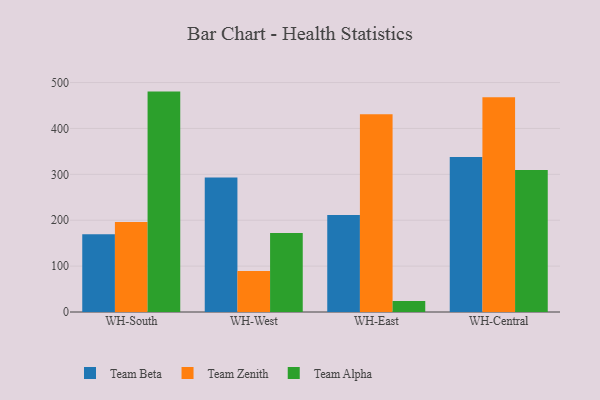
{"axis": {"x": "Warehouse", "y": "Population (Million)"}, "legend": ["Team Alpha", "Team Beta", "Team Zenith"], "data": [{"x": "WH-South", "y": 169.4, "type": "Team Beta"}, {"x": "WH-South", "y": 196.0, "type": "Team Zenith"}, {"x": "WH-South", "y": 480.3, "type": "Team Alpha"}, {"x": "WH-West", "y": 293.1, "type": "Team Beta"}, {"x": "WH-West", "y": 89.4, "type": "Team Zenith"}, {"x": "WH-West", "y": 172.2, "type": "Team Alpha"}, {"x": "WH-East", "y": 211.4, "type": "Team Beta"}, {"x": "WH-East", "y": 431.2, "type": "Team Zenith"}, {"x": "WH-East", "y": 23.7, "type": "Team Alpha"}, {"x": "WH-Central", "y": 337.9, "type": "Team Beta"}, {"x": "WH-Central", "y": 468.0, "type": "Team Zenith"}, {"x": "WH-Central", "y": 309.4, "type": "Team Alpha"}]}